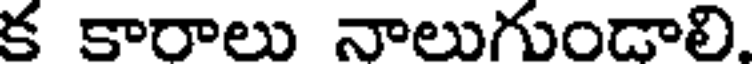
క కారాలు నాలుగుండాలి.